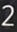
2